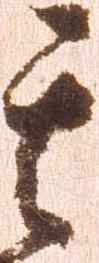
其